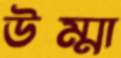
উম্মা